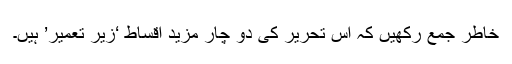
خاطر جمع رکھیں کہ اس تحریر کی دو چار مزید اقساط ‘زیر تعمیر’ ہیں۔